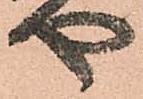
や